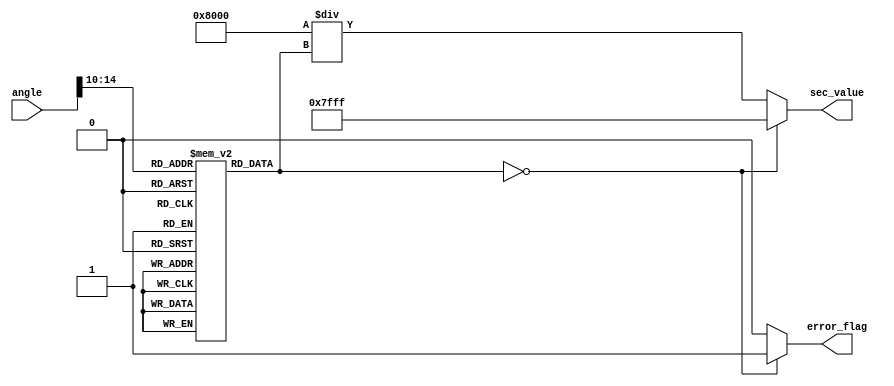
module secant (
    input  wire [15:0] angle,      // Input angle in Q15 format
    output reg  [15:0] sec_value,   // Secant output in Q15 format
    output reg         error_flag    // Error flag for undefined secant values
);

    // Cosine lookup table (simplified)
    // This should be filled with actual cosine values in Q15 format
    reg [15:0] cos_table [0:31]; // Example for angles 0 to  (0 to 31)
    
    initial begin
        // Populate the cosine lookup table (values are in Q15 format)
        cos_table[0] = 16'h7FFF;  // cos(0)
        cos_table[1] = 16'h7FFF;  // cos(/32)
        cos_table[2] = 16'h7FFD;  // cos(2/32)
        // ... Fill in more values ...
        cos_table[31] = 16'h0000;  // cos(/2)
    end

    wire [15:0] cos_value;
    wire [15:0] reciprocal;

    // Angle normalization (assuming angle is in range [0, 2])
    wire [4:0] index = angle[14:10]; // Use upper bits for lookup (5 bits for 32 values)

    // Get cosine value from the lookup table
    assign cos_value = cos_table[index];

    // Check for division by zero
    always @(*) begin
        if (cos_value == 16'h0000) begin
            error_flag = 1'b1;          // Set error flag
            sec_value = 16'h7FFF;       // Output a predefined value (e.g., max Q15)
        end else begin
            error_flag = 1'b0;          // Clear error flag
            // Calculate reciprocal: 1/cos_value
            reciprocal = (16'h8000 / cos_value); // Q15 fixed-point division
            sec_value = reciprocal;       // Assign secant value
        end
    end

endmodule